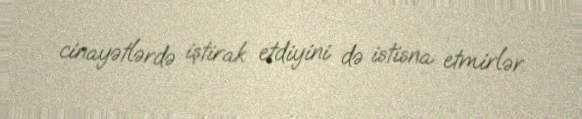
cinayətlərdə iştirak etdiyini də istisna etmirlər.